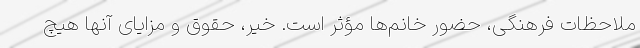
ملاحظات فرهنگی، حضور خانم‌ها مؤثر است. خیر، حقوق و مزایای آنها هیچ